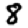
Digit: 8